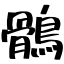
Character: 鶻